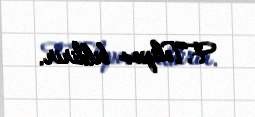
F.Tolipov bildirir.